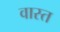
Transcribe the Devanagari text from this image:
वास्त